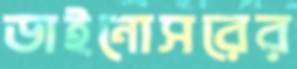
ডাইনোসরের